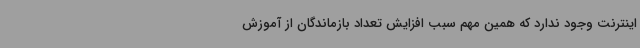
اینترنت وجود ندارد که همین مهم سبب افزایش تعداد بازماندگان از آموزش